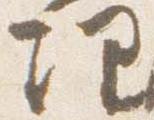
理